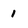
Character: 1